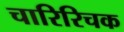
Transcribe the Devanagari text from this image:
चारिरिचक